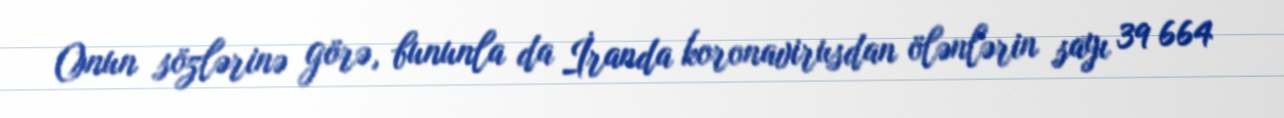
Onun sözlərinə görə, bununla da İranda koronavirusdan ölənlərin sayı 39 664